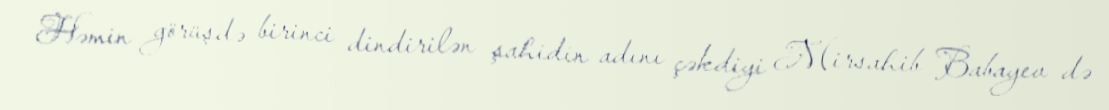
Həmin görüşdə birinci dindirilən şahidin adını çəkdiyi Mirsahib Babayev də